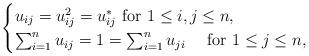
LaTeX: \begin{align*}\begin{cases} u_{ij}=u^2_{ij}=u_{ij}^* \mbox{ for } 1\le i,j \le n,\\ \sum_{i=1}^n u_{ij} = 1 = \sum_{i=1}^n u_{ji} \quad\mbox{ for } 1\le j \le n,\end{cases}\end{align*}